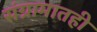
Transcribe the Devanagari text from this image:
संग्रामातही